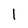
Character: 1